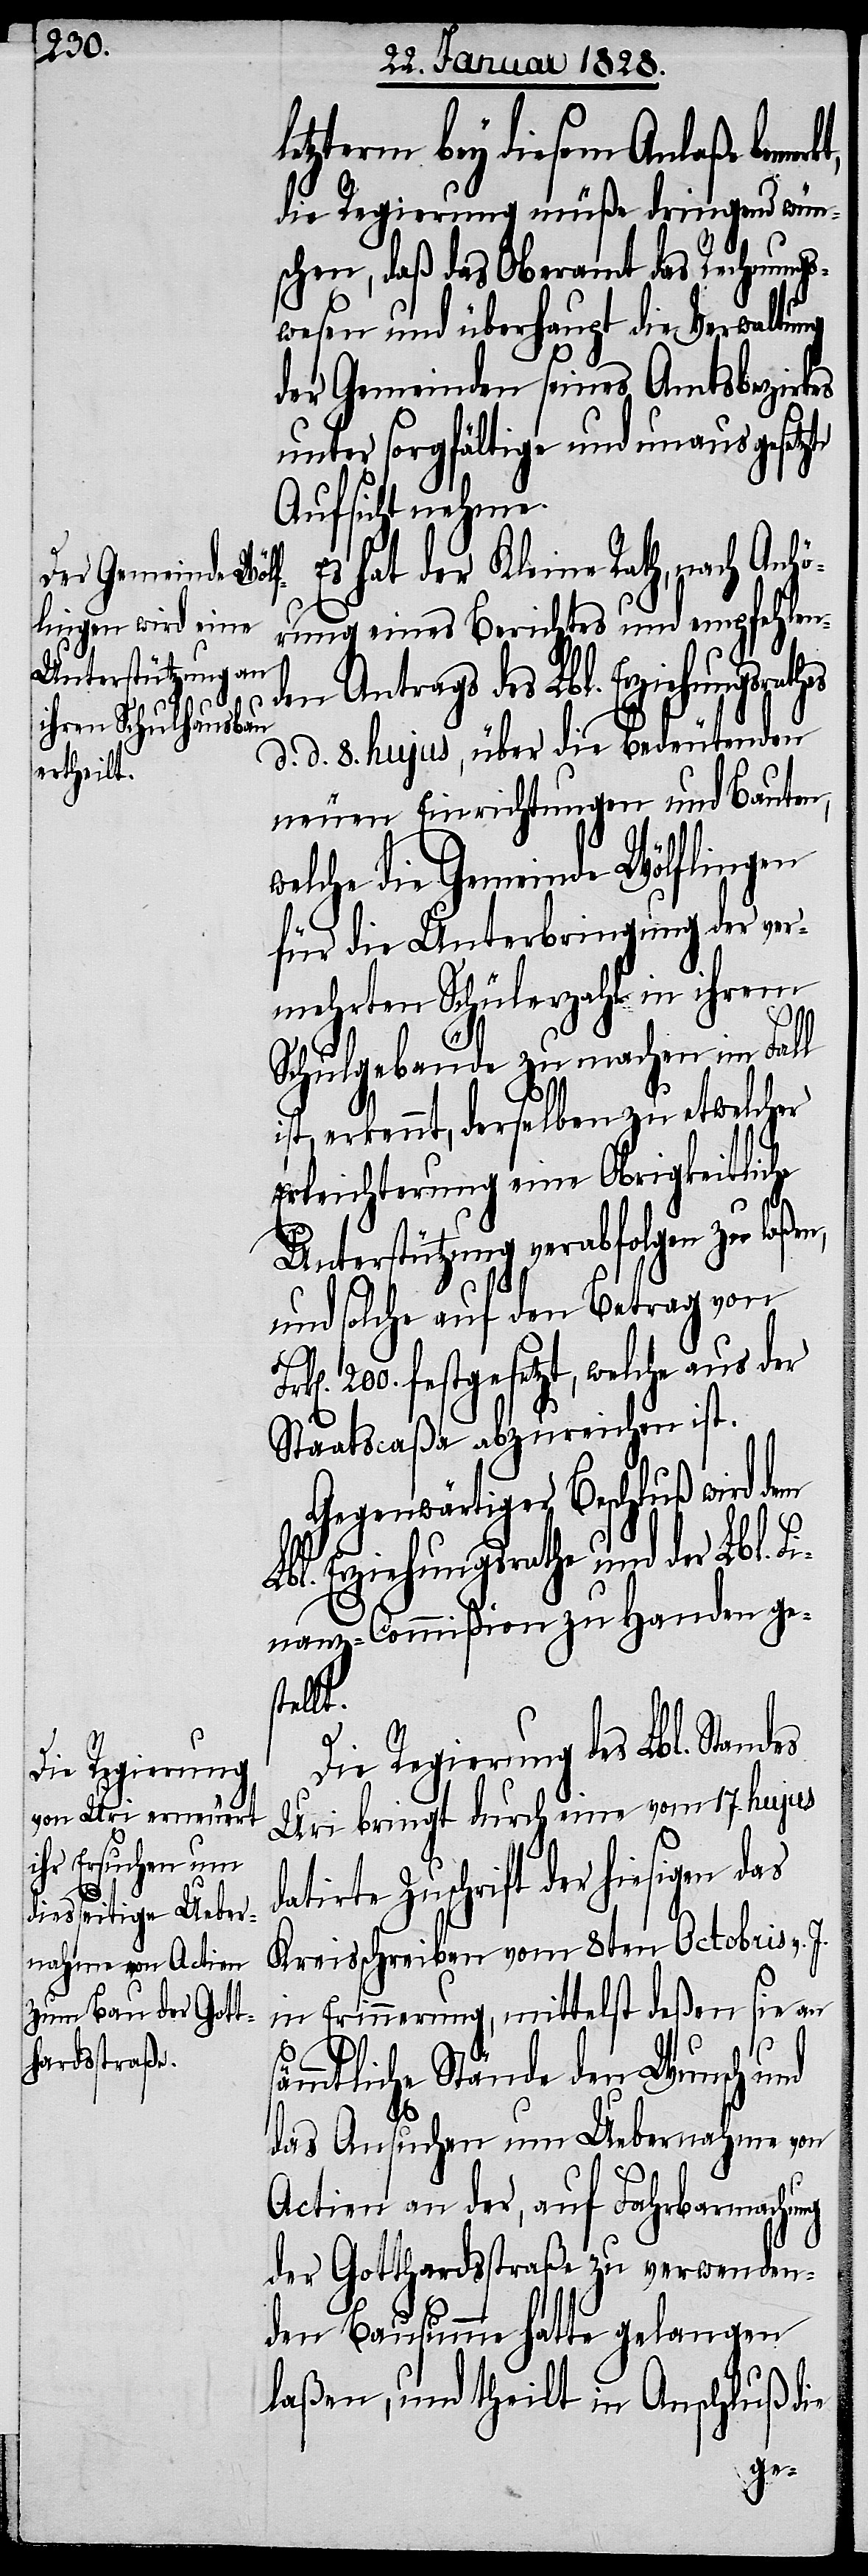
s¬

tzterm bey diesem Anlaße bemer¬
die Regierung müße dringend wün¬
schen, daß das Oberamt das Rechnungs¬
wesen und überhaupt die Verwaltung
der Gemeinden seines Amtsbezirkes
unter sorgfältige und unausgesetzte
Aufsicht nehme.
Es hat der Kleine Rath, nach Anhö¬
rung eines Berichtes und empfehlen¬
den Antrags des Lbl. Erziehungsra¬
d. d. 8. hujus, über die bedeutenden
neuen Einrichtungen und Bauten,
welche die Gemeinde Wölflingen
für die Unterbringung der ver¬
mehrten Schülerzahl in ihrem
Schulgebäude zu machen im Fall
st, erkennt, derselben zu etwelcher
Erleichterung eine Obrigkeitlic¬
d¬
Unterstützung verabfolgen zu laßen,
und solche auf den Betrag von
Fr¬
k[en]. 200. festgesetzt, welche aus der
Staatscaßa abzureichen ist.
Gegenwärtiger Beschluß wird dem
Lbl. Erziehungsrathe und der Lbl. F¬
inanz-Commißion zu Handen ges¬
tellt.
Die Regierung des Lbl. Standes
Uri bringt durch eine vom 17. hujus
atirte Zuschrift der hiesigen das
Kreisschreiben vom 8ten Octobris v.
in Erinnerung, mittelst deßen sie an
ämmtliche Stände den Wunsch und
das Ansuchen um Uebernahme von
Actien an der, auf Fahrbarmachung
der Gotthardstraße zu verwenden¬
den Bausumme hatte gelangen
laßen, und theilt in Anschluß die